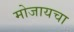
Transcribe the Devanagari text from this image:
मोजायचा